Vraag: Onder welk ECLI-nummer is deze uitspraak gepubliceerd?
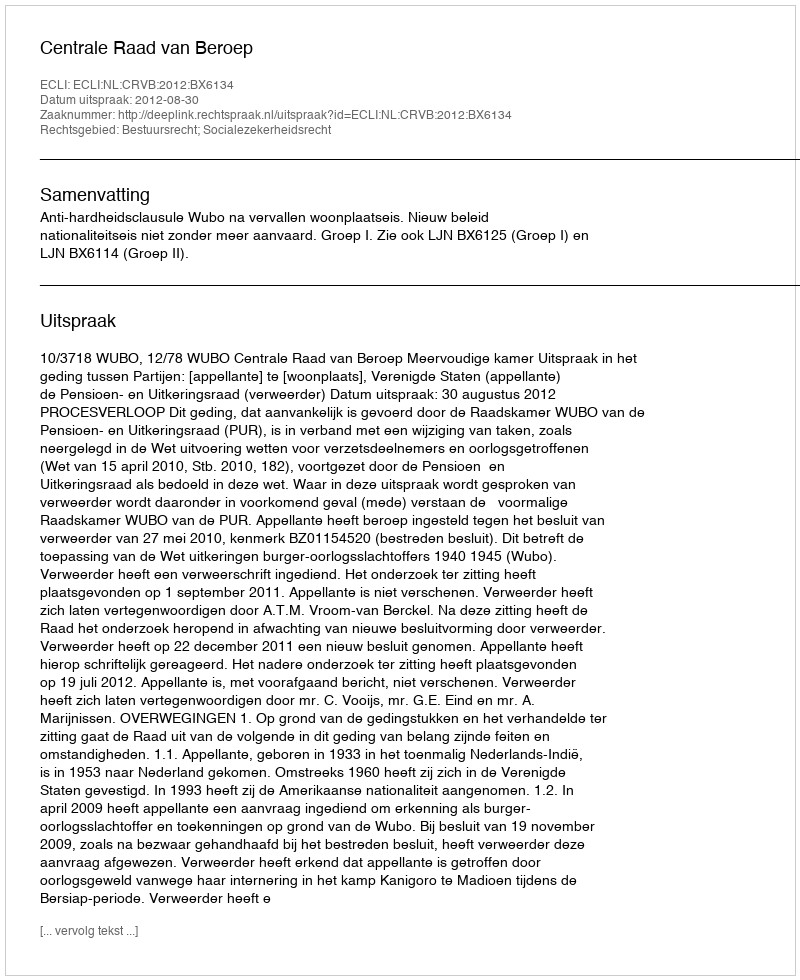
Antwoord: ECLI:NL:CRVB:2012:BX6134